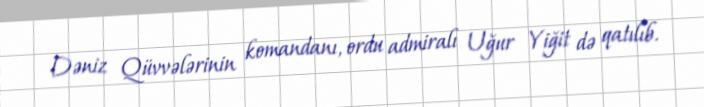
Dəniz Qüvvələrinin komandanı, ordu admiralı Uğur Yiğit də qatılıb.